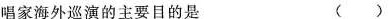
唱家海外巡演的主要目的是 ( )